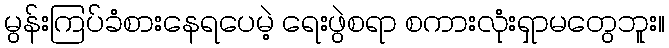
မွန်းကြပ်ခံစားနေရပေမဲ့ ရေးဖွဲစရာ စကားလုံးရှာမတွေဘူး။